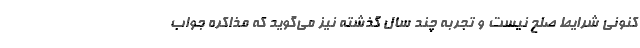
کنونی شرایط صلح نیست و تجربه چند سال گذشته نیز می‌گوید که مذاکره جواب